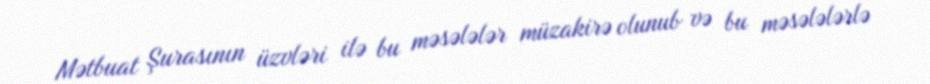
Mətbuat Şurasının üzvləri ilə bu məsələlər müzakirə olunub və bu məsələlərlə